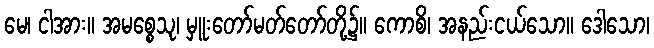
မေ၊ ငါအား။ အမစ္စေသု၊ မှူးတော်မတ်တော်တို့၌။ ကောစိ၊ အနည်းငယ်သော။ ဒေါသော၊